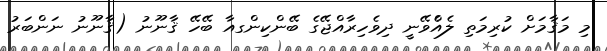
މި މަޤާމަށް ކުރިމަތި ލެއްެވޭނީ ދިވެހިރާއްޖޭގެ ބޭންކިންގއާ ބޭހޭ ޤާނޫނު (ޤާނޫނު ނަންބަރު